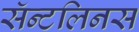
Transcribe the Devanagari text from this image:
सॅन्टलिनस